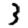
Digit: 3